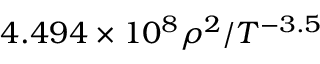
4 . 4 9 4 \times 1 0 ^ { 8 } \rho ^ { 2 } / T ^ { - 3 . 5 }